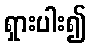
ရှားပါး၍